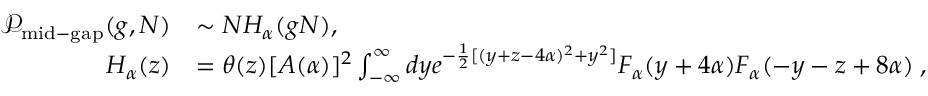
\begin{array} { r l } { \mathcal { P } _ { \mathrm { m i d - g a p } } ( g , N ) } & { \sim N H _ { \alpha } ( g N ) , } \\ { H _ { \alpha } ( z ) } & { = \theta ( z ) [ A ( \alpha ) ] ^ { 2 } \int _ { - \infty } ^ { \infty } d y e ^ { - \frac { 1 } { 2 } [ ( y + z - 4 \alpha ) ^ { 2 } + y ^ { 2 } ] } F _ { \alpha } ( y + 4 \alpha ) F _ { \alpha } ( - y - z + 8 \alpha ) \; , } \end{array}